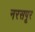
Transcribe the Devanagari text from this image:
नरसपूर